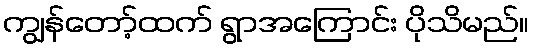
ကျွန်တော့်ထက် ရွာအကြောင်း ပိုသိမည်။